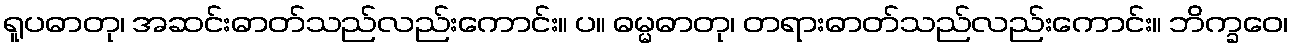
ရူပဓာတု၊ အဆင်းဓာတ်သည်လည်းကောင်း။ ပ။ ဓမ္မဓာတု၊ တရားဓာတ်သည်လည်းကောင်း။ ဘိက္ခဝေ၊